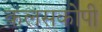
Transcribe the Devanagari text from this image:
कलसकोपी